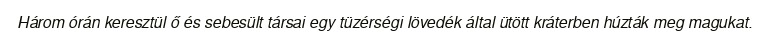
Három órán keresztül ő és sebesült társai egy tüzérségi lövedék által ütött kráterben húzták meg magukat.